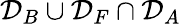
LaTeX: \mathcal{D}_{B}\cup\mathcal{D}_{F}\cap\mathcal{D}_{A}